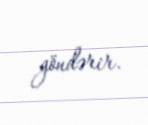
göndərir.